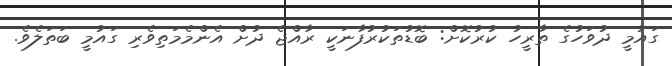
ގައުމީ ދުވަހުގެ ތާރީހު ކުރުކޮށް: ބޮޑުތަކުރުފާނަކީ ރާއްޖެ ދުށް އެންމެމަތިވެރި ގައުމީ ބަތަލެވެ.